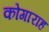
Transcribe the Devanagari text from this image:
कोगाराह